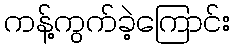
ကန့်ကွက်ခဲ့ကြောင်း